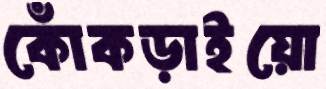
কোঁকড়াইয়ো